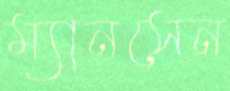
ম্যানসেন